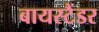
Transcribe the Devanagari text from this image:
बायस्टैंडर